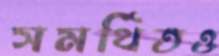
সমর্থিতও